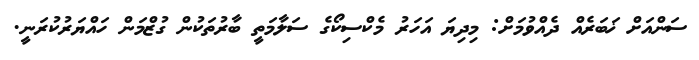
ސަންއަށް ޚަބަރެއް ދެއްވުމަށް: މިދިޔަ އަހަރު މެކްސިކޯގެ ސަލާމަތީ ބާރުތަކުން ގުޒްމަން ހައްޔަރުކުރަނީ.